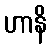
ဟာနိ